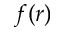
f ( r )